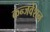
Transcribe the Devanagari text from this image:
कन्जर्वेशन